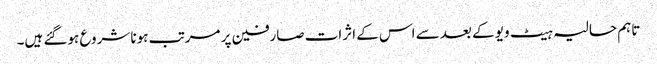
تاہم حالیہ ہیٹ ویو کے بعد سے اس کے اثرات صارفین پر مرتب ہونا شروع ہوگئے ہیں۔